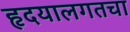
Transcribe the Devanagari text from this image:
हृदयालगतचा